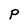
Character: P